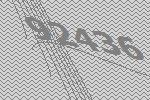
92436